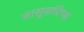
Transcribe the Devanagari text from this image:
जासूसचिप्स